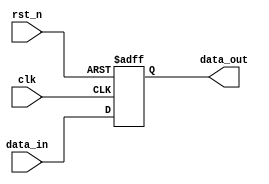
module event_control_example (
    input wire clk,              // Clock signal
    input wire rst_n,            // Active low reset
    input wire [3:0] data_in,    // 4-bit input data
    output reg [3:0] data_out    // 4-bit output data
);

    // Initial block to set initial state
    initial begin
        data_out = 4'b0000;      // Initialize output to zero
    end

    // Event control block sensitive to both clock edge and reset signal
    always @ (posedge clk or negedge rst_n) begin
        if (!rst_n) begin
            // Asynchronous reset
            data_out <= 4'b0000;  // Reset output to zero
        end else begin
            // On clock edge, update output with input data
            data_out <= data_in;   // Non-blocking assignment
        end
    end

endmodule